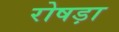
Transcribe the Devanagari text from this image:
रोषड़ा